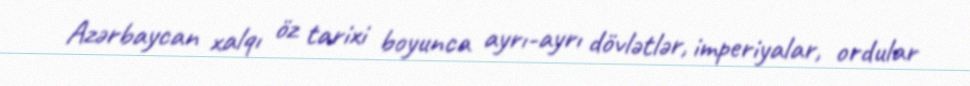
Azərbaycan xalqı öz tarixi boyunca ayrı-ayrı dövlətlər, imperiyalar, ordular